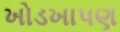
ખોડખાપણ